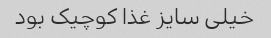
خیلی سایز غذا کوچیک بود